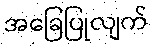
အခြေပြုလျက်